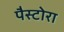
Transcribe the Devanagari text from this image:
पैस्टोरा